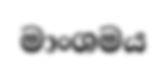
මාංශමය